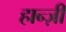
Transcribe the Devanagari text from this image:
हान्ज़ी